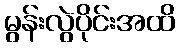
မွန်းလွဲပိုင်းအထိ